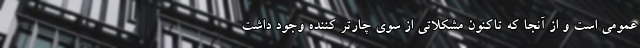
عمومی است و از آنجا که تاکنون مشکلاتی از سوی چارتر کننده وجود داشت